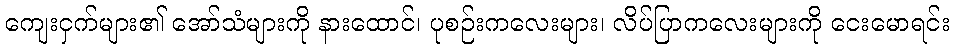
ကျေးငှက်များ၏ အော်သံများကို နားထောင်၊ ပုစဉ်းကလေးများ၊ လိပ်ပြာကလေးများကို ငေးမောရင်း